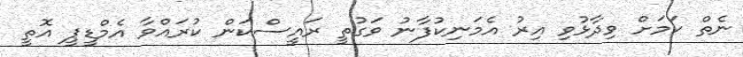
ނެތް ކަމަށް ވިދާޅުވި އިރު އެމަނިކުފާނު ވަގުތީ ރައީސްކަން ކުރައްވާ އެމްޑީޕީ އޮތީ